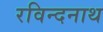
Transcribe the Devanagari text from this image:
रविन्दनाथ